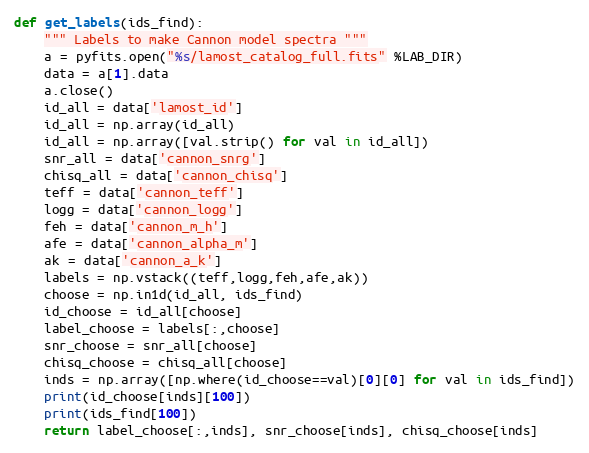
Language: Python
def get_labels(ids_find):
    """ Labels to make Cannon model spectra """
    a = pyfits.open("%s/lamost_catalog_full.fits" %LAB_DIR)
    data = a[1].data
    a.close()
    id_all = data['lamost_id']
    id_all = np.array(id_all)
    id_all = np.array([val.strip() for val in id_all])
    snr_all = data['cannon_snrg']
    chisq_all = data['cannon_chisq']
    teff = data['cannon_teff']
    logg = data['cannon_logg']
    feh = data['cannon_m_h']
    afe = data['cannon_alpha_m']
    ak = data['cannon_a_k']
    labels = np.vstack((teff,logg,feh,afe,ak))
    choose = np.in1d(id_all, ids_find)
    id_choose = id_all[choose]
    label_choose = labels[:,choose]
    snr_choose = snr_all[choose]
    chisq_choose = chisq_all[choose]
    inds = np.array([np.where(id_choose==val)[0][0] for val in ids_find])
    print(id_choose[inds][100])
    print(ids_find[100])
    return label_choose[:,inds], snr_choose[inds], chisq_choose[inds]